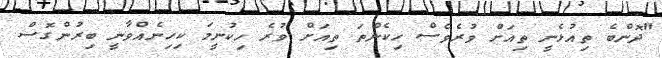
"ދޮންބެ ތިއުޅެނީ ތިއަށް ވުރެވެސް ހިކެންތަ ތިއަށް ވުރެ ހިކުނީމަ ކިހިނެއްވާނީ ބިރުންގޮސް